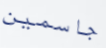
جاسمين